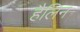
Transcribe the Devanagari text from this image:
हैलिन